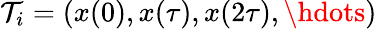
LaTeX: \mathcal{T}_{i}=(x(0),x(\tau),x(2\tau),\hdots)